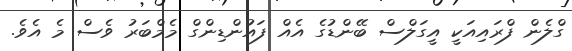
ގްލެން ފްރައިއަކީ އީގަލްސް ބޭންޑުގެ އެއް ފައުންޑިންގް މެމްބަރު ވެސް މެ އެވެ.